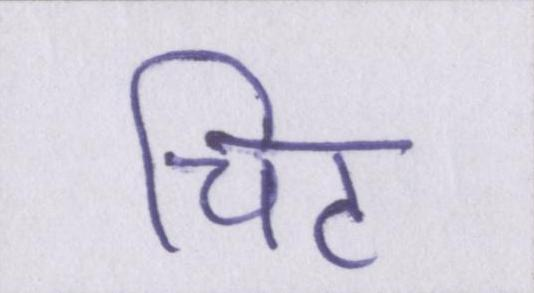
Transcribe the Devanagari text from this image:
चिट